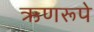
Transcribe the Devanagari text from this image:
ऋणरूपे